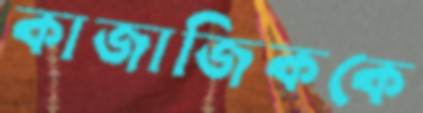
কাজাজিককে